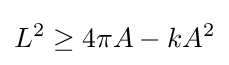
L^{2}\geq 4\pi A-kA^{2}